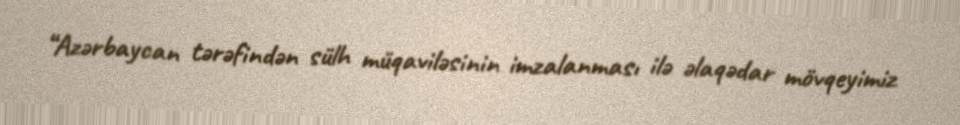
“Azərbaycan tərəfindən sülh müqaviləsinin imzalanması ilə əlaqədar mövqeyimiz